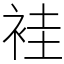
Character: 袿